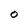
Character: O